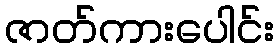
ဇာတ်ကားပေါင်း